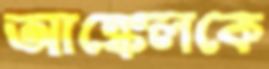
আঙ্কেলকে